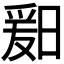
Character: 𬁆